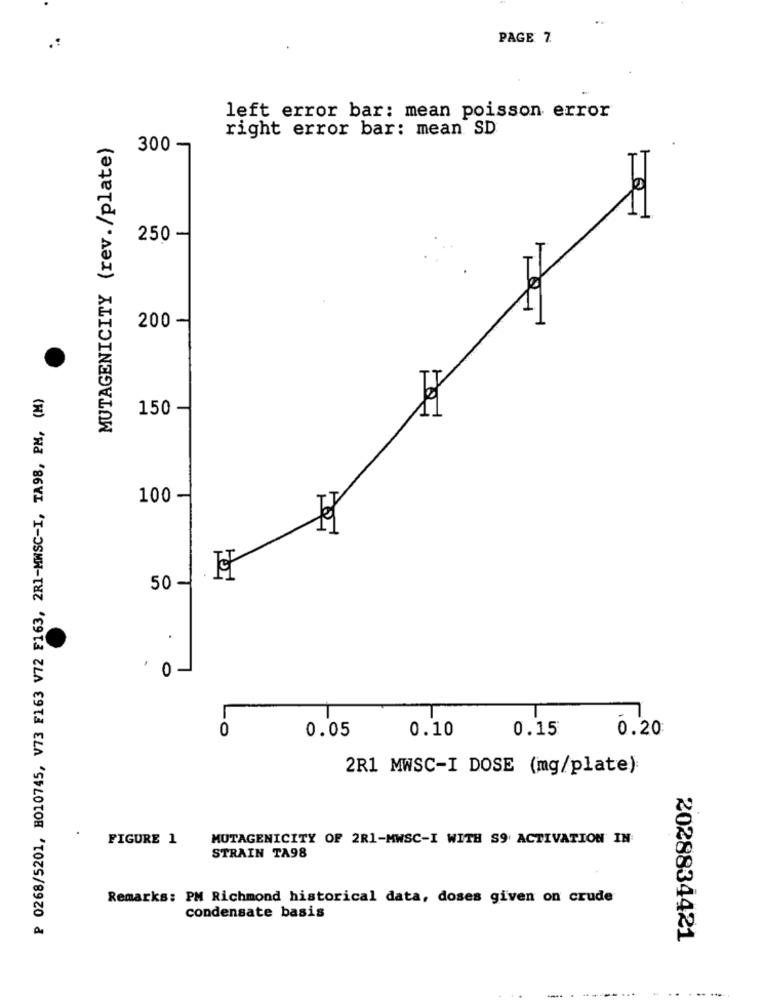
PAGE 7.
left error bar: mean poisson error
right error bar: mean SD
MUTAGENICITY (rev./plate)
300
250 -
200
P 0268/5201, H010745, V73 F163 V72 F163, 2R1-MWSC-I, TA98, PM, (M)
150
100
50 -
.
. 0-
0
0.05
0.10
0.15
0.20
2R1 MWSC-I DOSE (mg/plate):
.
FIGURE 1
MUTAGENICITY OF 2R1-MWSC-I WITH S9 ACTIVATION IN
STRAIN TA98
Remarks: PM Richmond historical data, doses given on crude
condensate basis
2028834421